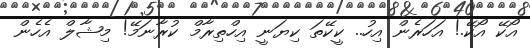
އޯކޭ އޯކޭ.! އަހަރެން އިހު.. ކީކޭތަ ކިޔަނީ އިހްތިރާމް ކުރާނަމޭ! މިޝާލް އެހެން